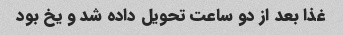
غذا بعد از دو ساعت تحویل داده شد و یخ بود